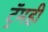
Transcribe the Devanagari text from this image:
ट्रॅमही